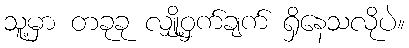
သူ့မှာ တခုခု လျှို့ဝှက်ချက် ရှိနေသလိုပဲ။